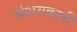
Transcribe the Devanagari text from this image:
संशयकारी